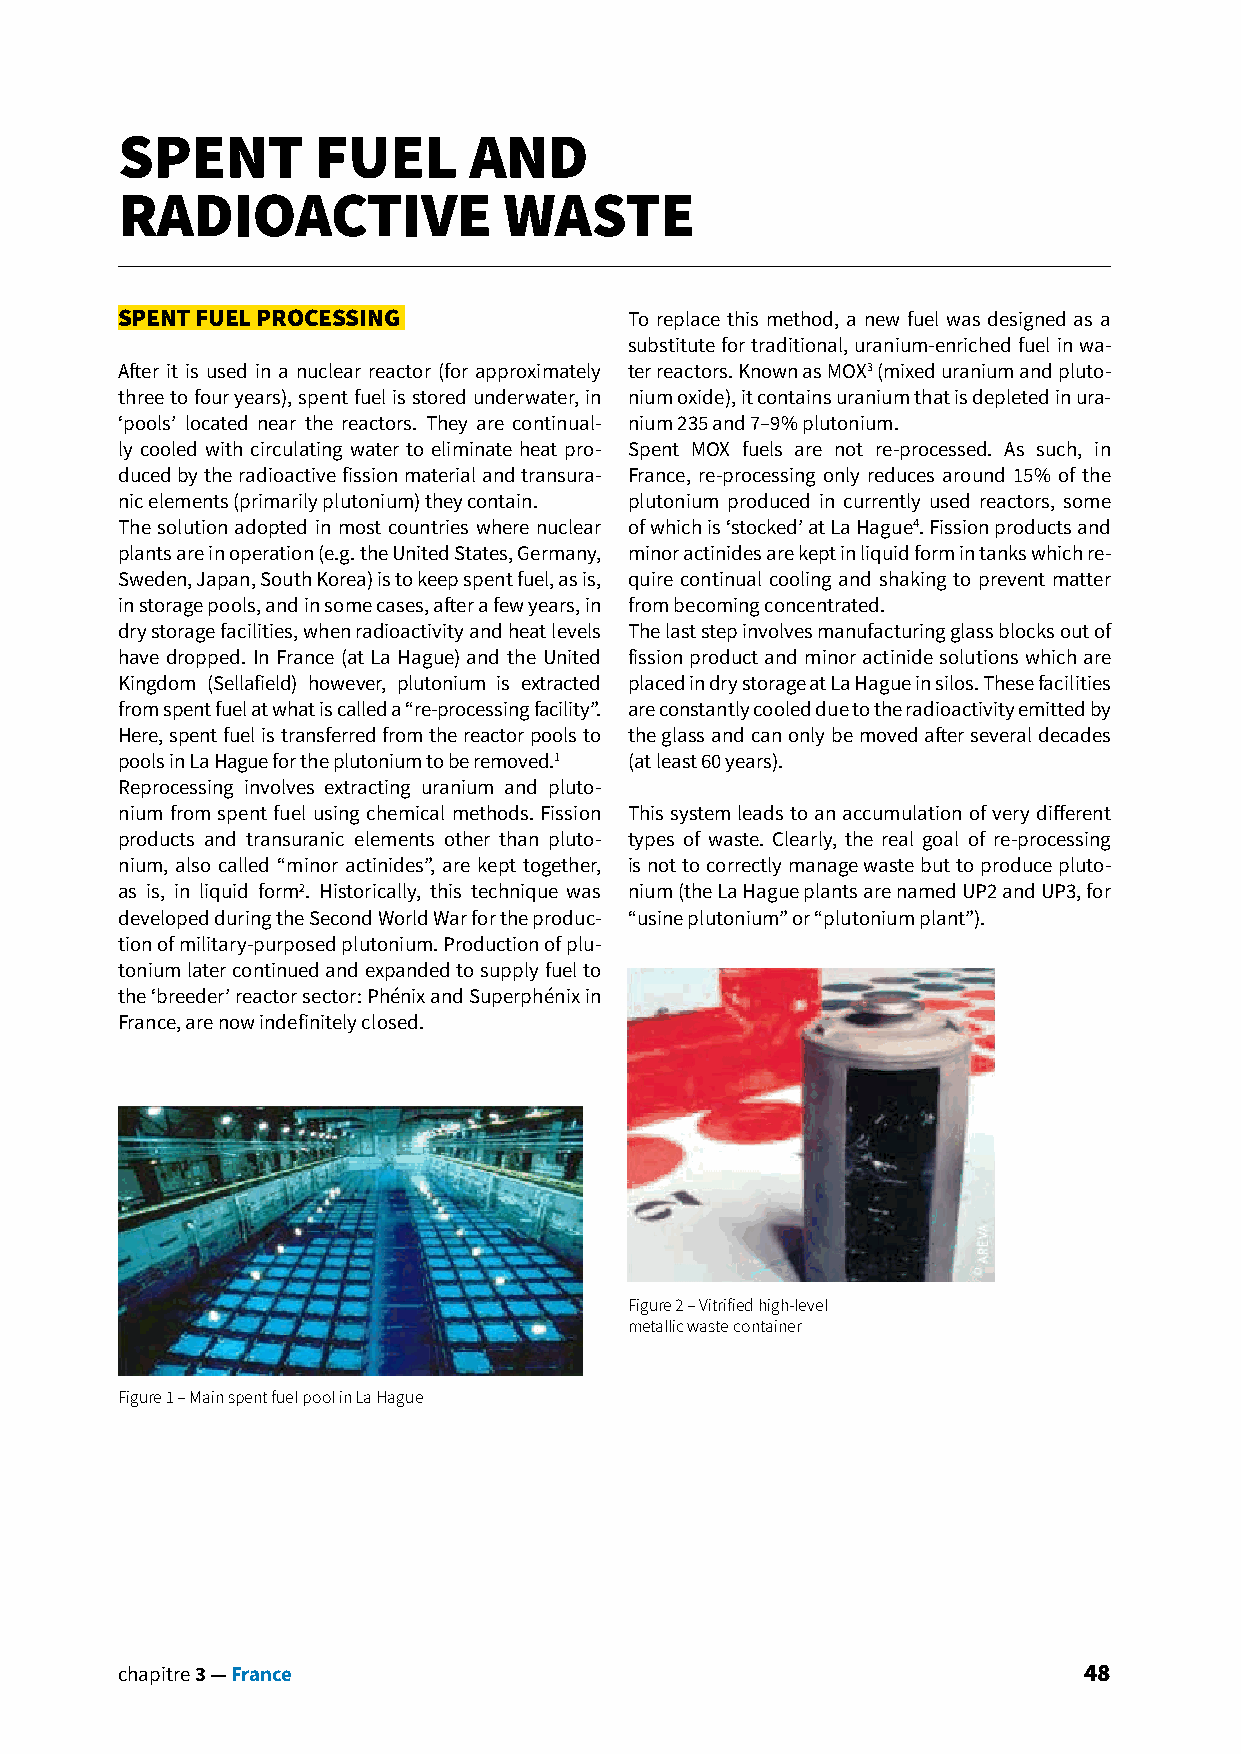
SPENT        FUEL      AND
 RADIOACTIVE              WASTE
 SPENT FUEL PROCESSING             To replace this method, a new fuel was designed as a
 substitute for traditional, uranium-enriched fuel in wa-
 After it is used in a nuclear reactor (for approximately ter reactors. Known as MOX3 (mixed uranium and pluto-
 three to four years), spent fuel is stored underwater, in nium oxide), it contains uranium that is depleted in ura-
 ‘pools’ located near the reactors. They are continual- nium 235 and 7–9% plutonium.
 ly cooled with circulating water to eliminate heat pro- Spent MOX fuels are not re-processed. As such, in
 duced by the radioactive fission material and transura- France, re-processing only reduces around 15% of the
 nic elements (primarily plutonium) they contain. plutonium produced in currently used reactors, some
 The solution adopted in most countries where nuclear of which is ‘stocked’ at La Hague4. Fission products and
 plants are in operation (e.g. the United States, Germany, minor actinides are kept in liquid form in tanks which re-
 Sweden, Japan, South Korea) is to keep spent fuel, as is, quire continual cooling and shaking to prevent matter
 in storage pools, and in some cases, after a few years, in from becoming concentrated.
 dry storage facilities, when radioactivity and heat levels The last step involves manufacturing glass blocks out of
 have dropped. In France (at La Hague) and the United fission product and minor actinide solutions which are
 Kingdom (Sellafield) however, plutonium is extracted placed in dry storage at La Hague in silos. These facilities
 from spent fuel at what is called a “re-processing facility”. are constantly cooled due to the radioactivity emitted by
 Here, spent fuel is transferred from the reactor pools to the glass and can only be moved after several decades
 pools in La Hague for the plutonium to be removed.1 (at least 60 years).
 Reprocessing involves extracting uranium and pluto-
 nium from spent fuel using chemical methods. Fission This system leads to an accumulation of very different
 products and transuranic elements other than pluto- types of waste. Clearly, the real goal of re-processing
 nium, also called “minor actinides”, are kept together, is not to correctly manage waste but to produce pluto-
 as is, in liquid form2. Historically, this technique was nium (the La Hague plants are named UP2 and UP3, for
 developed during the Second World War for the produc- “usine plutonium” or “plutonium plant”).
 tion of military-purposed plutonium. Production of plu-
 tonium later continued and expanded to supply fuel to
 the ‘breeder’ reactor sector: Phénix and Superphénix in
 France, are now indefinitely closed.
 Figure 2 – Vitrified high-level
 metallic waste container
 Figure 1 – Main spent fuel pool in La Hague
 chapitre 3 — France                                             48